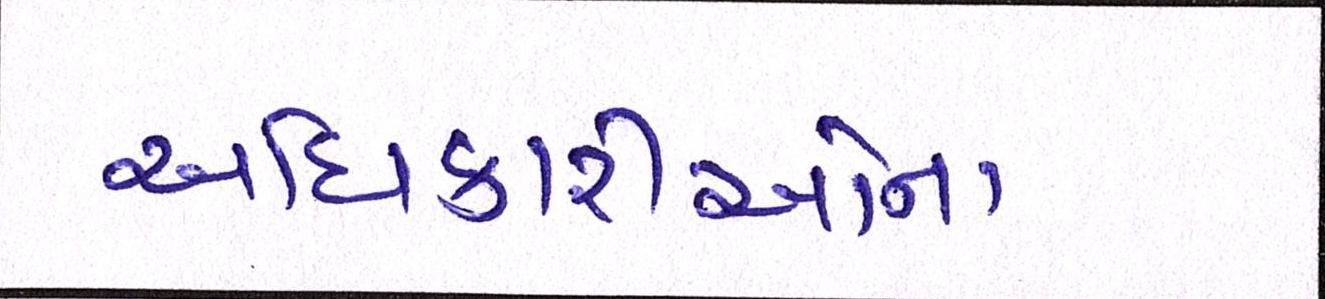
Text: અધિકારીઓના